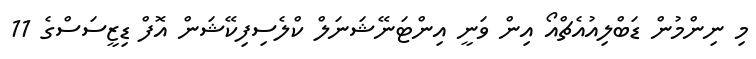
މި ނިންމުން ޑަބްލިއުއެޗްއޯ އިން ވަނީ އިންޓަނޭޝަނަލް ކްލެސިފިކޭޝަން އޮފް ޑިޒީސަސްގެ 11